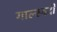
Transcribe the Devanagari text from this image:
गाल्स्वर्दी